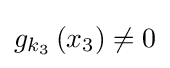
{\textstyle g_{k_{3}}\left(x_{3}\right)\neq 0}